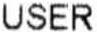
USER